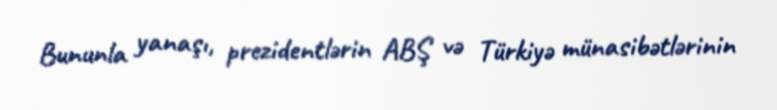
Bununla yanaşı, prezidentlərin ABŞ və Türkiyə münasibətlərinin